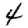
Digit: 4